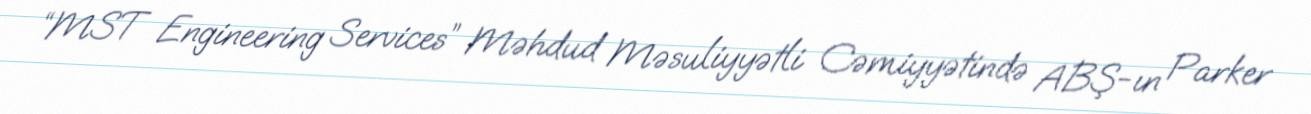
“MST Engineering Services” Məhdud Məsuliyyətli Cəmiyyətində ABŞ-ın Parker